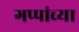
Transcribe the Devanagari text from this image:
गप्पांच्या